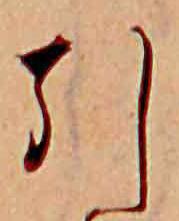
引